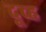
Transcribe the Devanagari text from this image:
दूव्ह